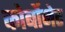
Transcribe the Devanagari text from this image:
कोर्बोनेट